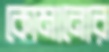
কোমানোর